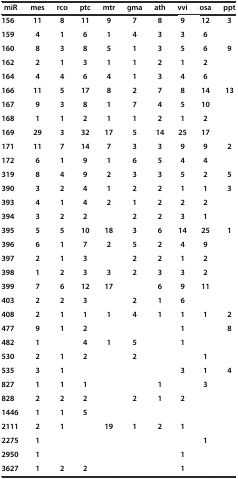
<table><thead><tr><td><b> miR</b></td><td><b>mes</b></td><td><b>rco</b></td><td><b>ptc</b></td><td><b>mtr</b></td><td><b>gma</b></td><td><b>ath</b></td><td><b>vvi</b></td><td><b>osa</b></td><td><b>ppt</b></td></tr></thead><tbody><tr><td><b>156</b></td><td><b>11</b></td><td><b>8</b></td><td><b>11</b></td><td><b>9</b></td><td><b>7</b></td><td><b>8</b></td><td><b>9</b></td><td><b>12</b></td><td><b>3</b></td></tr><tr><td><b>159</b></td><td><b>4</b></td><td><b>1</b></td><td><b>6</b></td><td><b>1</b></td><td><b>4</b></td><td><b>3</b></td><td><b>3</b></td><td><b>6</b></td><td></td></tr><tr><td><b>160</b></td><td><b>8</b></td><td><b>3</b></td><td><b>8</b></td><td><b>5</b></td><td><b>1</b></td><td><b>3</b></td><td><b>5</b></td><td><b>6</b></td><td><b>9</b></td></tr><tr><td><b>162</b></td><td><b>2</b></td><td><b>1</b></td><td><b>3</b></td><td><b>1</b></td><td><b>1</b></td><td><b>2</b></td><td><b>1</b></td><td><b>2</b></td><td></td></tr><tr><td><b>164</b></td><td><b>4</b></td><td><b>4</b></td><td><b>6</b></td><td><b>4</b></td><td><b>1</b></td><td><b>3</b></td><td><b>4</b></td><td><b>6</b></td><td></td></tr><tr><td><b>166</b></td><td><b>11</b></td><td><b>5</b></td><td><b>17</b></td><td><b>8</b></td><td><b>2</b></td><td><b>7</b></td><td><b>8</b></td><td><b>14</b></td><td><b>13</b></td></tr><tr><td><b>167</b></td><td><b>9</b></td><td><b>3</b></td><td><b>8</b></td><td><b>1</b></td><td><b>7</b></td><td><b>4</b></td><td><b>5</b></td><td><b>10</b></td><td></td></tr><tr><td><b>168</b></td><td><b>1</b></td><td><b>1</b></td><td><b>2</b></td><td><b>1</b></td><td><b>1</b></td><td><b>2</b></td><td><b>1</b></td><td><b>2</b></td><td></td></tr><tr><td><b>169</b></td><td><b>29</b></td><td><b>3</b></td><td><b>32</b></td><td><b>17</b></td><td><b>5</b></td><td><b>14</b></td><td><b>25</b></td><td><b>17</b></td><td></td></tr><tr><td><b>171</b></td><td><b>11</b></td><td><b>7</b></td><td><b>14</b></td><td><b>7</b></td><td><b>3</b></td><td><b>3</b></td><td><b>9</b></td><td><b>9</b></td><td><b>2</b></td></tr><tr><td><b>172</b></td><td><b>6</b></td><td><b>1</b></td><td><b>9</b></td><td><b>1</b></td><td><b>6</b></td><td><b>5</b></td><td><b>4</b></td><td><b>4</b></td><td></td></tr><tr><td><b>319</b></td><td><b>8</b></td><td><b>4</b></td><td><b>9</b></td><td><b>2</b></td><td><b>3</b></td><td><b>3</b></td><td><b>5</b></td><td><b>2</b></td><td><b>5</b></td></tr><tr><td><b>390</b></td><td><b>3</b></td><td><b>2</b></td><td><b>4</b></td><td><b>1</b></td><td><b>2</b></td><td><b>2</b></td><td><b>1</b></td><td><b>1</b></td><td><b>3</b></td></tr><tr><td><b>393</b></td><td><b>4</b></td><td><b>1</b></td><td><b>4</b></td><td><b>2</b></td><td><b>1</b></td><td><b>2</b></td><td><b>2</b></td><td><b>2</b></td><td></td></tr><tr><td><b>394</b></td><td><b>3</b></td><td><b>2</b></td><td><b>2</b></td><td></td><td><b>2</b></td><td><b>2</b></td><td><b>3</b></td><td><b>1</b></td><td></td></tr><tr><td><b>395</b></td><td><b>5</b></td><td><b>5</b></td><td><b>10</b></td><td><b>18</b></td><td><b>3</b></td><td><b>6</b></td><td><b>14</b></td><td><b>25</b></td><td><b>1</b></td></tr><tr><td><b>396</b></td><td><b>6</b></td><td><b>1</b></td><td><b>7</b></td><td><b>2</b></td><td><b>5</b></td><td><b>2</b></td><td><b>4</b></td><td><b>9</b></td><td></td></tr><tr><td><b>397</b></td><td><b>2</b></td><td><b>1</b></td><td><b>3</b></td><td></td><td><b>2</b></td><td><b>2</b></td><td><b>1</b></td><td><b>2</b></td><td></td></tr><tr><td><b>398</b></td><td><b>1</b></td><td><b>2</b></td><td><b>3</b></td><td><b>3</b></td><td><b>2</b></td><td><b>3</b></td><td><b>3</b></td><td><b>2</b></td><td></td></tr><tr><td><b>399</b></td><td><b>7</b></td><td><b>6</b></td><td><b>12</b></td><td><b>17</b></td><td></td><td><b>6</b></td><td><b>9</b></td><td><b>11</b></td><td></td></tr><tr><td><b>403</b></td><td><b>2</b></td><td><b>2</b></td><td><b>3</b></td><td></td><td><b>2</b></td><td><b>1</b></td><td><b>6</b></td><td></td><td></td></tr><tr><td><b>408</b></td><td><b>2</b></td><td><b>1</b></td><td><b>1</b></td><td><b>1</b></td><td><b>4</b></td><td><b>1</b></td><td><b>1</b></td><td><b>1</b></td><td><b>2</b></td></tr><tr><td><b>477</b></td><td><b>9</b></td><td><b>1</b></td><td><b>2</b></td><td></td><td></td><td></td><td><b>1</b></td><td></td><td><b>8</b></td></tr><tr><td><b>482</b></td><td><b>1</b></td><td></td><td><b>4</b></td><td><b>1</b></td><td><b>5</b></td><td></td><td><b>1</b></td><td></td><td></td></tr><tr><td><b>530</b></td><td><b>2</b></td><td><b>1</b></td><td><b>2</b></td><td></td><td><b>2</b></td><td></td><td></td><td><b>1</b></td><td></td></tr><tr><td><b>535</b></td><td><b>3</b></td><td><b>1</b></td><td></td><td></td><td></td><td></td><td><b>3</b></td><td><b>1</b></td><td><b>4</b></td></tr><tr><td><b>827</b></td><td><b>1</b></td><td><b>1</b></td><td><b>1</b></td><td></td><td></td><td><b>1</b></td><td></td><td><b>3</b></td><td></td></tr><tr><td><b>828</b></td><td><b>2</b></td><td><b>2</b></td><td><b>2</b></td><td></td><td><b>2</b></td><td><b>1</b></td><td><b>2</b></td><td></td><td></td></tr><tr><td><b>1446</b></td><td><b>1</b></td><td><b>1</b></td><td><b>5</b></td><td></td><td></td><td></td><td></td><td></td><td></td></tr><tr><td><b>2111</b></td><td><b>2</b></td><td><b>1</b></td><td></td><td><b>19</b></td><td><b>1</b></td><td><b>2</b></td><td><b>1</b></td><td></td><td></td></tr><tr><td><b>2275</b></td><td><b>1</b></td><td></td><td></td><td></td><td></td><td></td><td></td><td><b>1</b></td><td></td></tr><tr><td><b>2950</b></td><td><b>1</b></td><td></td><td></td><td></td><td></td><td></td><td><b>1</b></td><td></td><td></td></tr><tr><td><b>3627</b></td><td><b>1</b></td><td><b>2</b></td><td><b>2</b></td><td></td><td></td><td></td><td><b>1</b></td><td></td><td></td></tr></tbody></table>